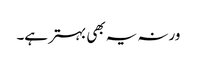
ورنہ یہ بھی بہتر ہے۔